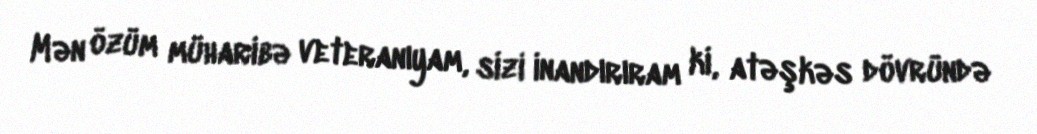
Mən özüm müharibə veteranıyam, sizi inandırıram ki, atəşkəs dövründə